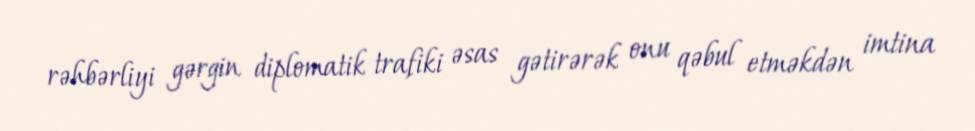
rəhbərliyi gərgin diplomatik trafiki əsas gətirərək onu qəbul etməkdən imtina